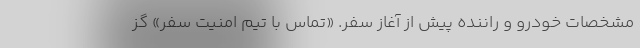
مشخصات خودرو و راننده پیش از آغاز سفر. «تماس با تیم امنیت سفر» گز